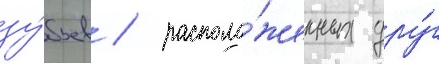
зу́бьев / располо́женных дру́г